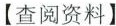
【查阅资料】